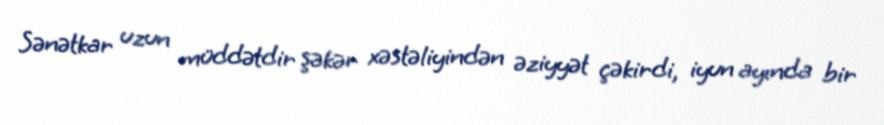
Sənətkar uzun müddətdir şəkər xəstəliyindən əziyyət çəkirdi, iyun ayında bir